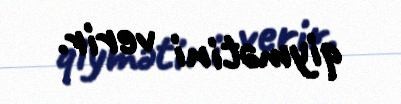
qiymətini verir.